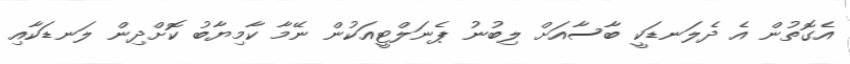
އެގޮތުން އެ ދެލަނޑަކީ ބާސާއަށް ލިބުނު ޕެނަލްޓީއަކުން ނޭމާ ކާމިޔާބު ކޮށްދިން ލަނޑަކާއި